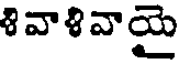
శివాళివాయై